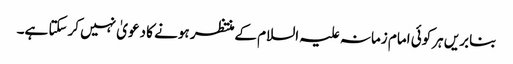
بنابریں ہرکوئی امام زمانہ علیہ السلام کےمنتظر ہونے کا دعویٰ نہیں کرسکتا ہے۔